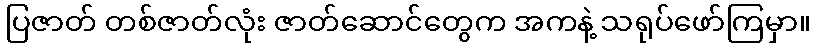
ပြဇာတ် တစ်ဇာတ်လုံး ဇာတ်ဆောင်တွေက အကနဲ့ သရုပ်ဖော်ကြမှာ။